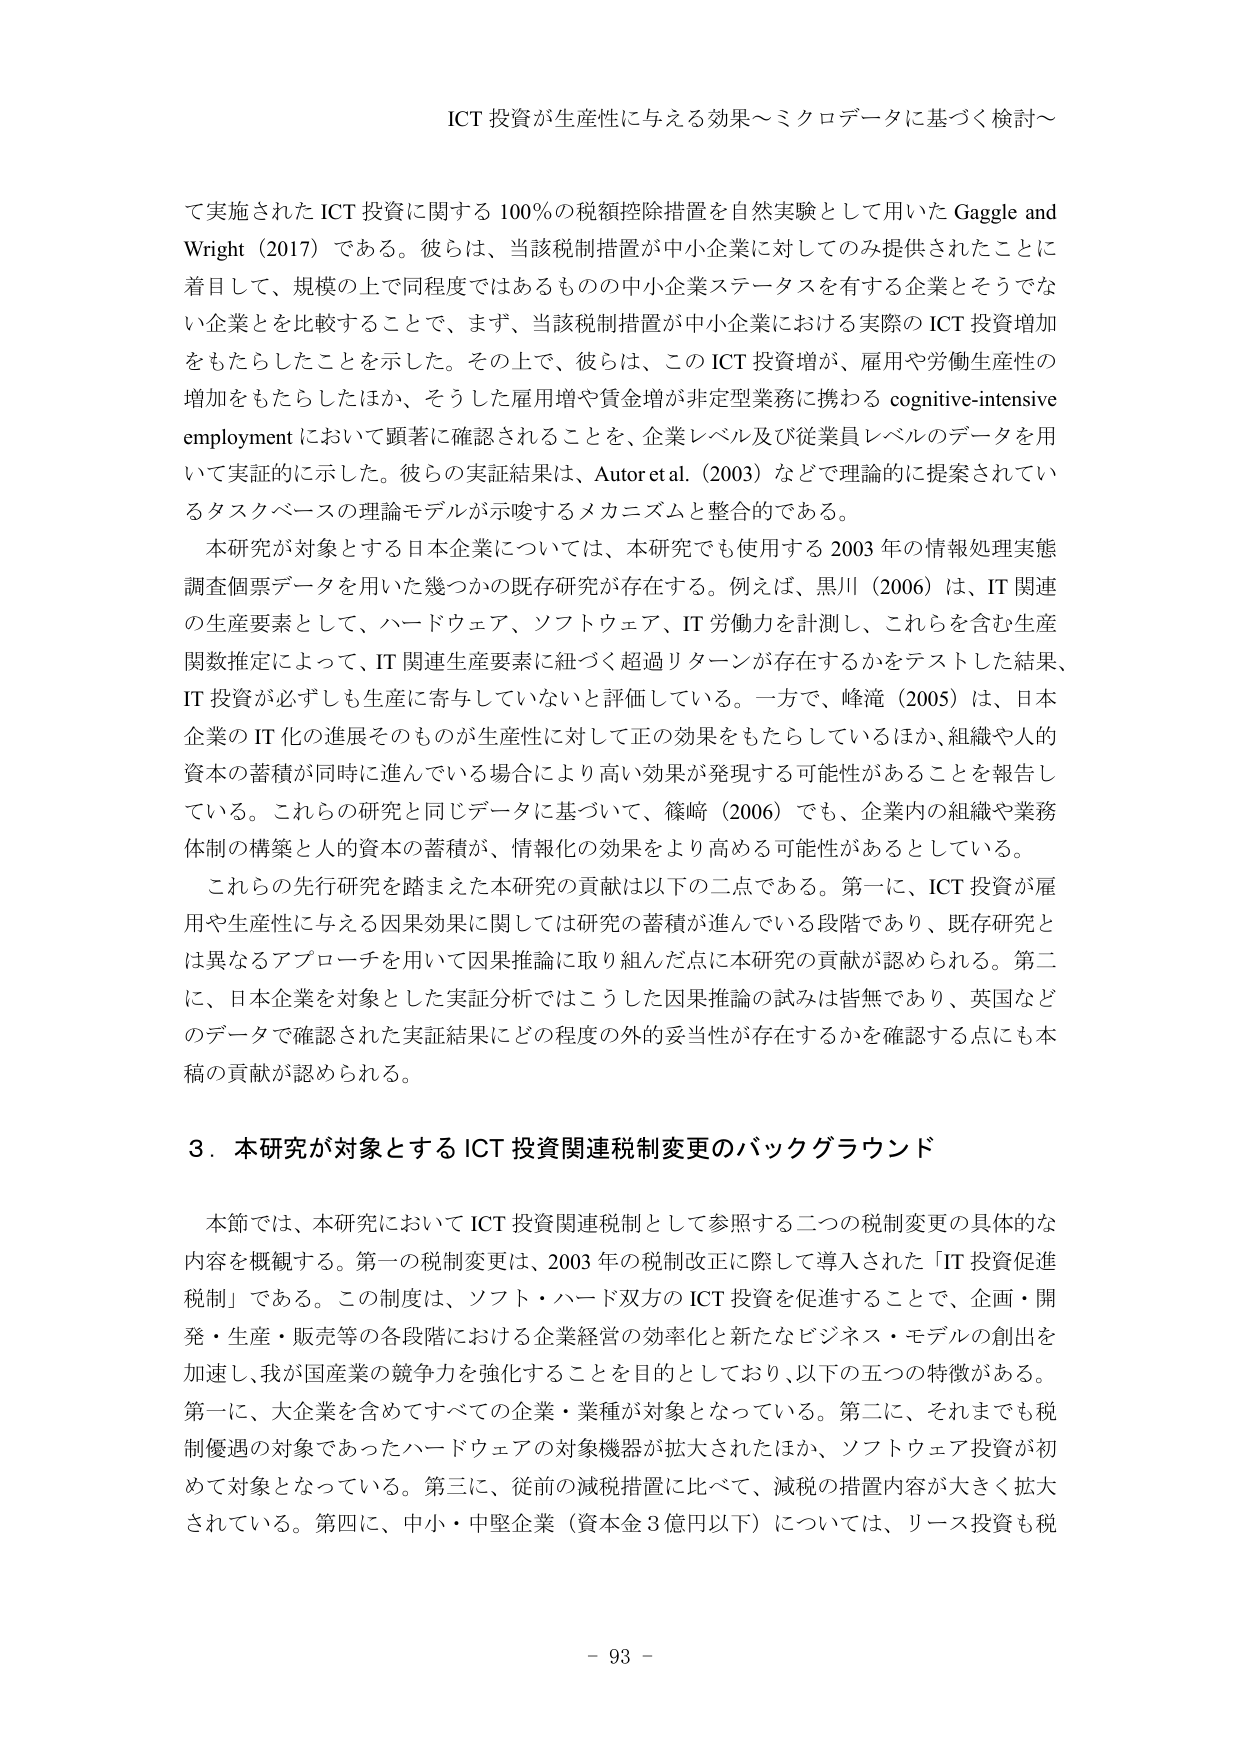
ICT 投資が生産性に与える効果～ミクロデータに基づく検討～

て実施された ICT 投資に関する 100％の税額控除措置を自然実験として用いた Gaggle and Wright（2017）である。彼らは、当該税制措置が中小企業に対してのみ提供されたことに着目して、規模の上で同程度ではあるものの中小企業ステータスを有する企業とそうでない企業とを比較することで、まず、当該税制措置が中小企業における実際の ICT 投資増加をもたらしたことを示した。その上で、彼らは、この ICT 投資増が、雇用や労働生産性の増加をもたらしたほか、そうした雇用増や賃金増が非定型業務に携わる cognitive-intensive employment において顕著に確認されることを、企業レベル及び従業員レベルのデータを用いて実証的に示した。彼らの実証結果は、Autor et al.（2003）などで理論的に提案されているタスクベースの理論モデルが示唆するメカニズムと整合的である。

本研究が対象とする日本企業については、本研究でも使用する 2003 年の情報処理実態調査個票データを用いた幾つかの既存研究が存在する。例えば、黒川（2006）は、IT 関連の生産要素として、ハードウェア、ソフトウェア、IT 労働力を計測し、これらを含む生産関数推定によって、IT 関連生産要素に紐づく超過リターンが存在するかをテストした結果、IT 投資が必ずしも生産に寄与していないと評価している。一方で、峰滝（2005）は、日本企業の IT 化の進展そのものが生産性に対して正の効果をもたらしているほか、組織や人的資本の蓄積が同時に進んでいる場合により高い効果が発現する可能性があることを報告している。これらの研究と同じデータに基づいて、篠崎（2006）でも、企業内の組織や業務体制の構築と人的資本の蓄積が、情報化の効果をより高める可能性があるとしている。

これらの先行研究を踏まえた本研究の貢献は以下の二点である。第一に、ICT 投資が雇用や生産性に与える因果効果に関しては研究の蓄積が進んでいる段階であり、既存研究とは異なるアプローチを用いて因果推論に取り組んだ点に本研究の貢献が認められる。第二に、日本企業を対象とした実証分析ではこうした因果推論の試みは皆無であり、英国などのデータで確認された実証結果にどの程度の外的妥当性が存在するかを確認する点にも本稿の貢献が認められる。

3．本研究が対象とする ICT 投資関連税制変更のバックグラウンド

本節では、本研究において ICT 投資関連税制として参照する二つの税制変更の具体的な内容を概観する。第一の税制変更は、2003 年の税制改正に際して導入された「IT 投資促進税制」である。この制度は、ソフト・ハード双方の ICT 投資を促進することで、企画・開発・生産・販売等の各段階における企業経営の効率化と新たなビジネス・モデルの創出を加速し、我が国産業の競争力を強化することを目的としており、以下の五つの特徴がある。第一に、大企業を含めてすべての企業・業種が対象となっている。第二に、それまでも税制優遇の対象であったハードウェアの対象機器が拡大されたほか、ソフトウェア投資が初めて対象となっている。第三に、従前の減税措置に比べて、減税の措置内容が大きく拡大されている。第四に、中小・中堅企業（資本金 3 億円以下）については、リース投資も税

- 93 -